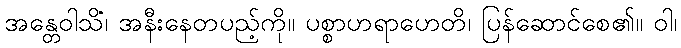
အန္တေဝါသိံ၊ အနီးနေတပည့်ကို။ ပစ္စာဟရာဟေတိ၊ ပြန်ဆောင်စေ၏။ ဝါ၊